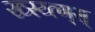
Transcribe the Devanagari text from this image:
ख्स्य्त्ग्स्